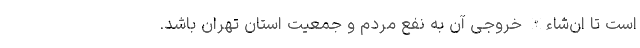
است تا ان‌شاءالله خروجی آن به نفع مردم و جمعیت استان تهران باشد.